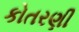
કોતરણી